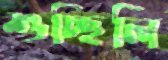
শুচ্ছিলি